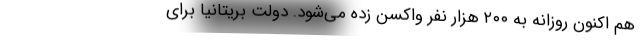
هم اکنون روزانه به ۲۰۰ هزار نفر واکسن زده می‌شود. دولت بریتانیا برای